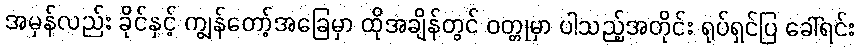
အမှန်လည်း ခိုင်နှင့် ကျွန်တော့်အခြေမှာ ထိုအချိန်တွင် ဝတ္တုမှာ ပါသည့်အတိုင်း ရုပ်ရှင်ပြ ခေါ်ရင်း